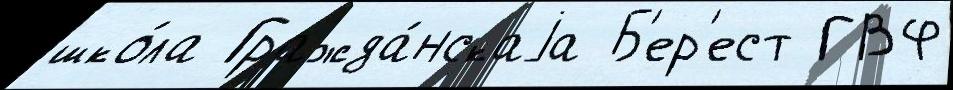
шко́ла Гражда́нскаjа Б'ер'ест ГВФ